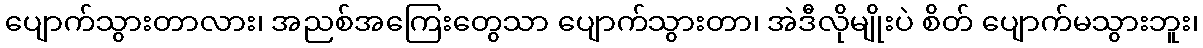
ပျောက်သွားတာလား၊ အညစ်အကြေးတွေသာ ပျောက်သွားတာ၊ အဲဒီလိုမျိုးပဲ စိတ် ပျောက်မသွားဘူး၊